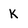
Character: k